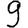
Digit: 9